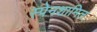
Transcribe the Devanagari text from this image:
स्पेनशामिल